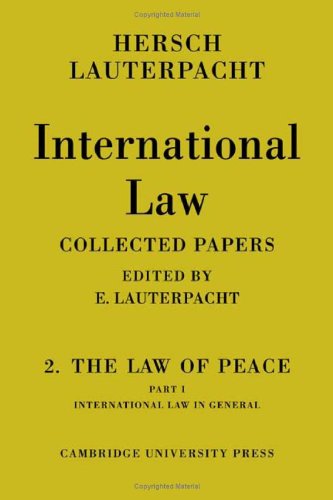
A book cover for International Law: Volume 2, The Law of Peace, Part 1, International Law in General: Being The Collected Papers of Hersch Lauterpacht; Law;